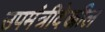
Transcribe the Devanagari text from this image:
उपमंत्रीदेखील